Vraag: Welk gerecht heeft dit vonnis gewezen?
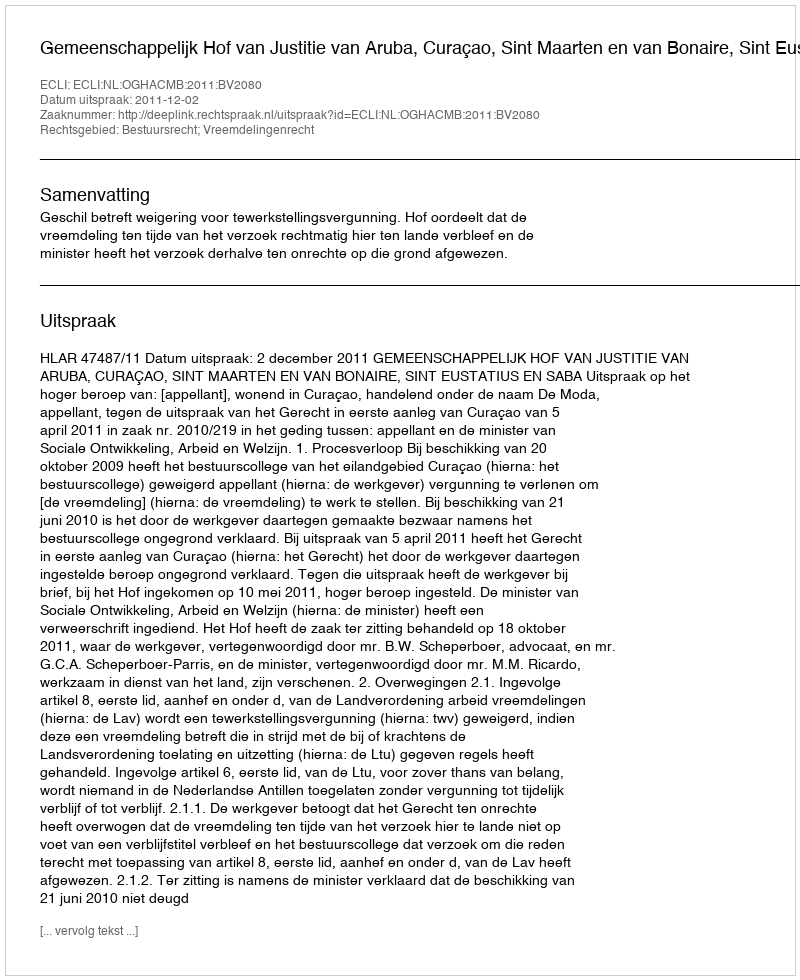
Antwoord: Gemeenschappelijk Hof van Justitie van Aruba, Curaçao, Sint Maarten en van Bonaire, Sint Eustatius en Saba